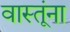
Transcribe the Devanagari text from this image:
वास्तूंना